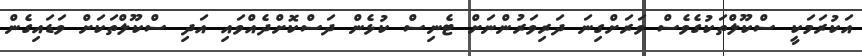
އަކުރަމަކީ ސްކޫލްތަކުގެވެސް ވަރަށްގިނަ ދަރިވަރުންނަށް ޓެނިސް ކުޅެން ދަސްކޮށްދެއްވައި އަދި ސްކޫލްތަކަށް ވަޑައިގެން